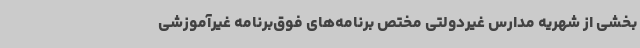
بخشی از شهریه مدارس غیردولتی مختص برنامه‌های فوق‌برنامه غیرآموزشی